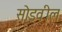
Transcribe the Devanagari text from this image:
सोडवील